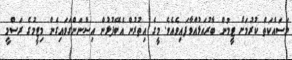
މަސައްކަތް ކުރުމަށް ޓީމުން ބާރުއަޅުއްވާފައިވެއެވެ. މީގެ އިތުރުން އެބޭފުޅުން އިސްނަންގަވައިގެން މިޓީމުގެ ރަސްމީ